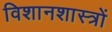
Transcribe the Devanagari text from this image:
विशानशास्त्रों